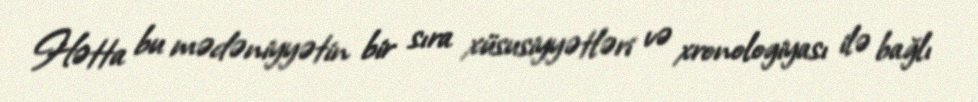
Hətta bu mədəniyyətin bir sıra xüsusiyyətləri və xronologiyası ilə bağlı